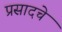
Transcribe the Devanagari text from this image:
प्रसादचे